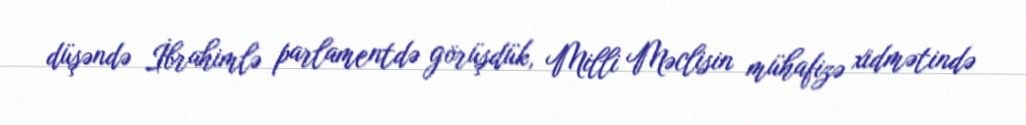
düşəndə İbrahimlə parlamentdə görüşdük, Milli Məclisin mühafizə xidmətində